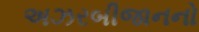
અઝરબીજાનનો